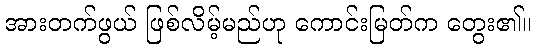
အားတက်ဖွယ် ဖြစ်လိမ့်မည်ဟု ကောင်းမြတ်က တွေး၏။